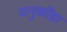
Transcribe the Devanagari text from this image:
मनुकोंडा